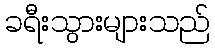
ခရီးသွားများသည်